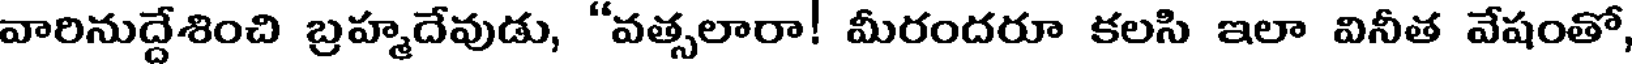
వారినుద్దేశించి బ్రహ్మదేవుడు, "వత్సలారా! మీరందరూ కలసి ఇలా వినీత వేషంతో,